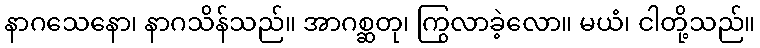
နာဂသေနော၊ နာဂသိန်သည်။ အာဂစ္ဆတု၊ ကြွလာခဲ့လော။ မယံ၊ ငါတို့သည်။